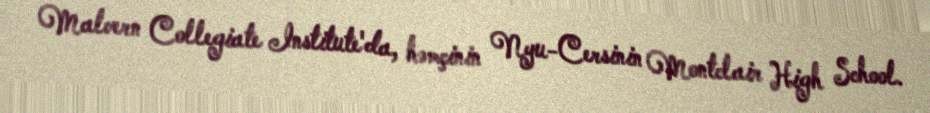
Malvern Collegiate Institute'da, həmçinin Nyu-Cersinin Montclair High School.